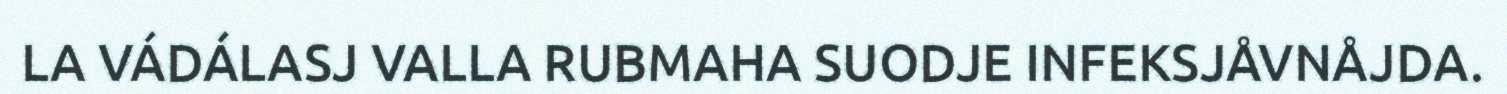
LA VÁDÁLASJ VALLA RUBMAHA SUODJE INFEKSJÅVNÅJDA.